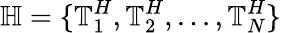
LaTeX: \mathbb{H}=\{ \mathbb{T}_{1}^{H},\mathbb{T}_{2}^{H},\dots,\mathbb{T}_{N}^{H}\}